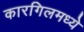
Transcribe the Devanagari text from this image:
कारगिलमध्ये